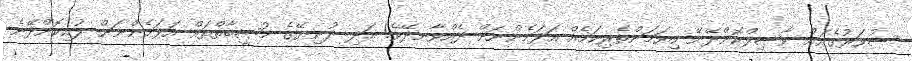
ސުވަރުގެއަށް ވާޞިލްކޮށްދޭނޭ ކިޔަމަންތެރިކަމެއް އަޅަމެންނަށް ދެއްވާނދޭވެ! އަދި ދުނިޔޭގެ މުޞީބާތްތައް އަޅަމެންނަށް ލުއިކޮށްދޭނެ